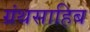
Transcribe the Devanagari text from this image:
ग्रंथसाहिब